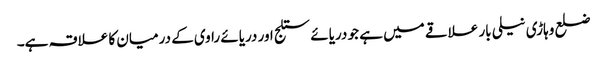
ضلع وہاڑی نیلی بار علاقے میں ہے جو دریائے ستلج اور دریائے راوی کے درمیان کا علاقہ ہے۔